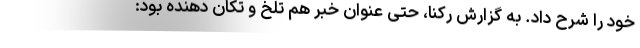
خود را شرح داد. به گزارش رکنا، حتی عنوان خبر هم تلخ و تکان دهنده بود: